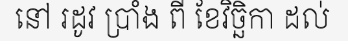
នៅ រដូវ ប្រាំង ពី ខែវិច្ឆិកា ដល់